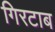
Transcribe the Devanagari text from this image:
गिरटाब